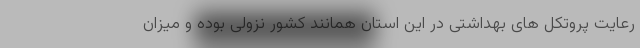
رعایت پروتکل های بهداشتی در این استان همانند کشور نزولی بوده و میزان